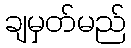
ချမှတ်မည်